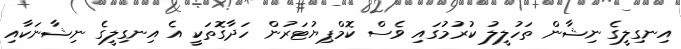
އިނގިލީގެ ނިޝާން ތަހުލީލު ކުރުމުގައި ވެސް ކޮމްޕިޔުޓަރުން ހަދާގޮތަކީ އެ އިނގިލީގެ ނިޝާނަކާއި